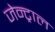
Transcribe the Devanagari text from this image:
जेन्ट्राल